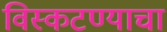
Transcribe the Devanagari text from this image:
विस्कटण्याचा